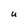
Character: u